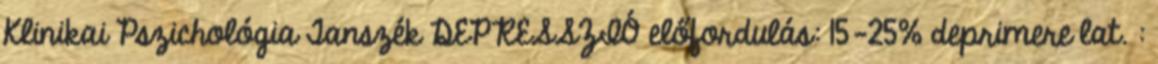
Klinikai Pszichológia Tanszék DEPRESSZIÓ előfordulás: 15-25% deprimere lat. :